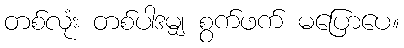
တစ်လုံး တစ်ပါဒမျှ စွက်ဖက် မပြောပေ။